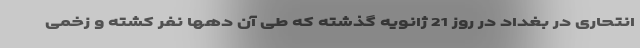
انتحاری در بغداد در روز 21 ژانویه گذشته که طی آن دهها نفر کشته و زخمی